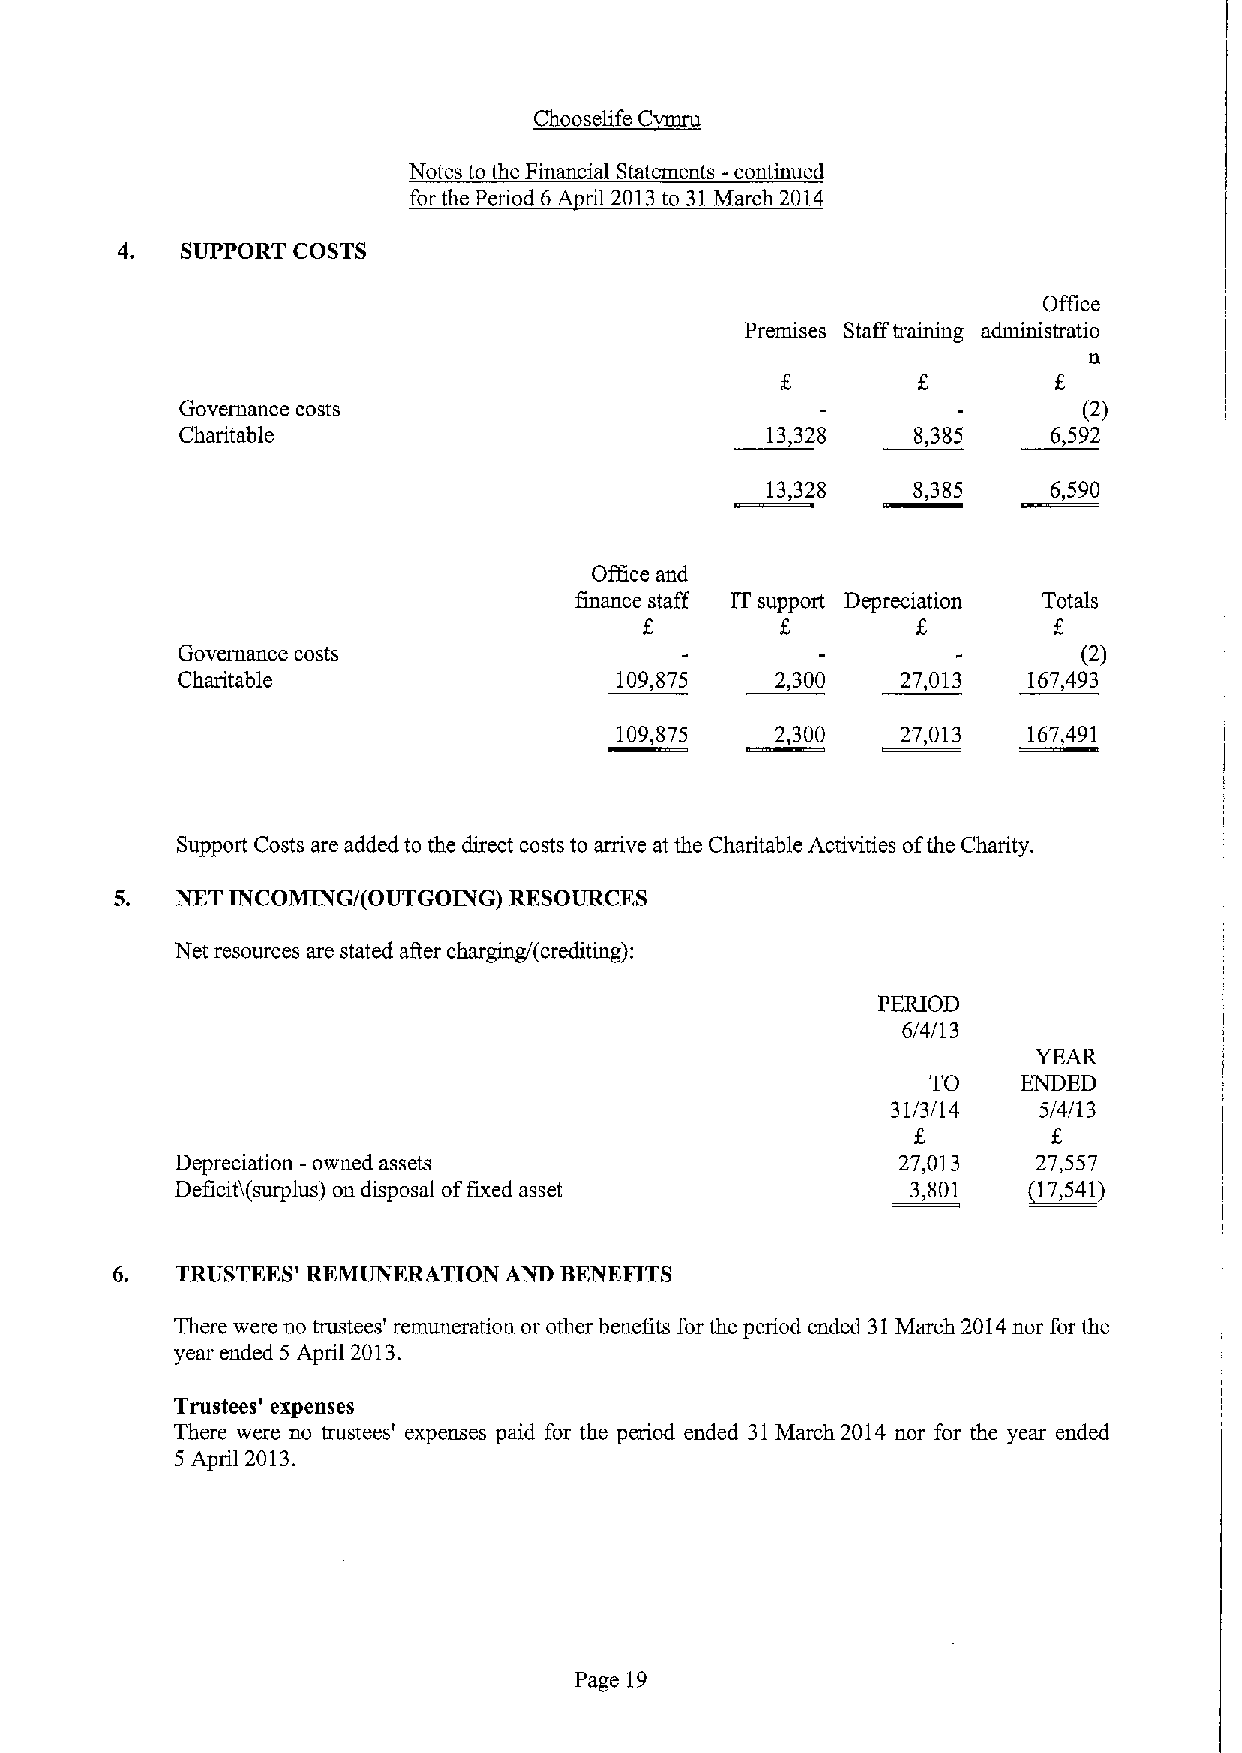
~Ch  lir C
 Notes to the Financial Statements -continued
 for the Period 6A ril 2013to 31March 2014
 4.  SUPPORT COSTS
 Office
 Premises Stafftraining administratio
 n
 Governance costs                                            (2)
 Charitable                             13,328    8,385    6,592
 13,328   8,385     6,590
 Office and
 Enance staff IT support Depreciation Totals
 Governance costs                                            (2)
 Charitable                   109,875   2,300    27,013  167,493
 109,875   2,300    27,013  167,491
 Support Costs are added to the direct costs to arrive at the Charitable Activities ofthe Charity.
 5.  NET INCOMING/(OUTGOING) RESOURCES
 Net resources are stated after charging/(crediting):
 PERIOD
 6/4/13
 TO    ENDED
 31/3/14   5/4/13
 Depreciation -owned assets                     27,013    27,557
 Deficit)(surplus) on disposal offixed asset     3,801   (17,541)
 6.   TRUSTEES' REMUNERATION ANII BENEFITS
 There were no trustees' remuneration or other benefits for the period ended 31March 2014nor for the
 year ended 5 April 2013.
 Trustees' expenses
 There were no trustees' expenses paid for the period ended 31March 2014 nor for the year ended
 5 April 2013.
 Page 19